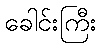
ခေါင်းကြီး